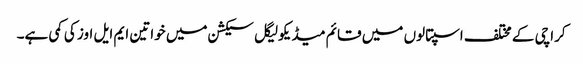
کراچی کے مختلف اسپتالوں میں قائم میڈیکولیگل سیکشن میں خواتین ایم ایل اوز کی کمی ہے۔